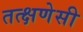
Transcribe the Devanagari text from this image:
तत्क्षणेसी